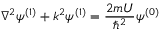
\nabla ^ { 2 } \psi ^ { ( 1 ) } + k ^ { 2 } \psi ^ { ( 1 ) } = { \frac { 2 m U } { \hbar ^ { 2 } } } \psi ^ { ( 0 ) }